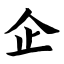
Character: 企